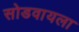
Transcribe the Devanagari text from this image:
सोडवायला